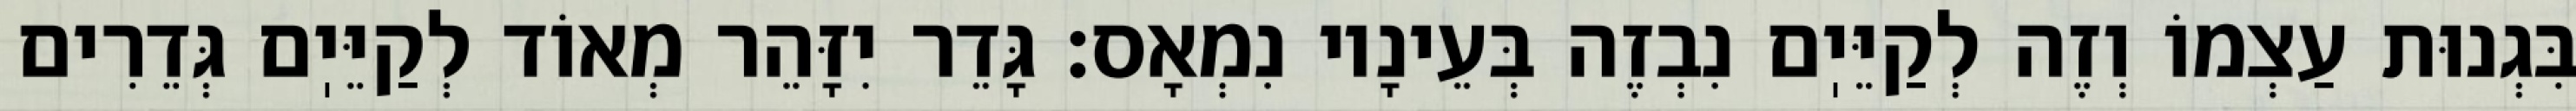
בִּגְנוּת עַצְמוֹ וְזֶה לְקַיֵּיֽם נִבְזֶה בְּעֵינָיו נִמְאָס: גָּדֵר יִזָּהֵר מְאוֹד לְקַיֵּיֽם גְּדֵרִים